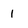
Character: 1